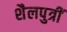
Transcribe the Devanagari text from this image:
शैलपुत्रीं